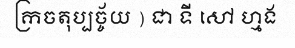
ក្រចតុប្បច្ច័យ ) ជា ទី សៅ ហ្មង